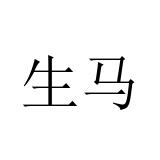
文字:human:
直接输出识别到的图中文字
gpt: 生马